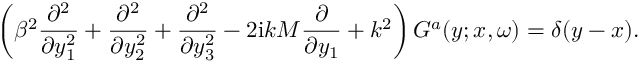
\left( \beta ^ { 2 } \frac { \partial ^ { 2 } } { \partial y _ { 1 } ^ { 2 } } + \frac { \partial ^ { 2 } } { \partial y _ { 2 } ^ { 2 } } + \frac { \partial ^ { 2 } } { \partial y _ { 3 } ^ { 2 } } - 2 \mathrm { i } k M \frac { \partial } { \partial y _ { 1 } } + k ^ { 2 } \right) G ^ { a } ( \boldsymbol { y } ; \boldsymbol { x } , \omega ) = \delta ( \boldsymbol { y } - \boldsymbol { x } ) .